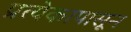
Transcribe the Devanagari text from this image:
प्रत्येकापासून